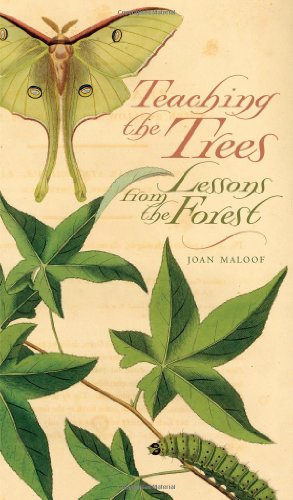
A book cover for Teaching the Trees: Lessons from the Forest; Joan Maloof; Humor & Entertainment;